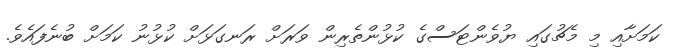
ކަމަށާއި މި މެޗުގައި ޔުވެންޓަސްގެ ކުޅުންތެރިން ވަރަށް ރަނގަޅަށް ކުޅުނު ކަމަށް ބުނެފައެވެ.